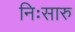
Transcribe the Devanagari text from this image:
निःसारु